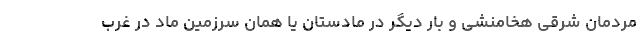
مردمان شرقی هخامنشی و بار دیگر در مادستان یا همان سرزمین ماد در غرب